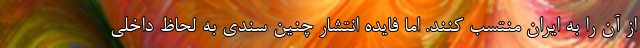
از آن را به ایران منتسب کنند. اما فایده انتشار چنین سندی به لحاظ داخلی